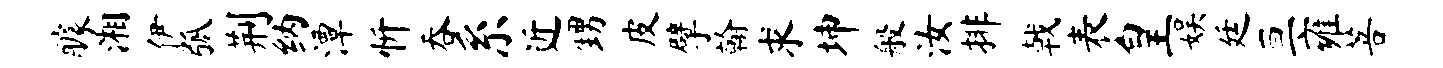
醵湘伊弧荆纳潭忻吞系近甥皮擘翰求坤般汝排戟表皇娱廷亘雍菩